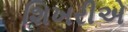
શિખરીએ